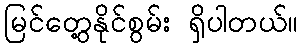
မြင်တွေ့နိုင်စွမ်း ရှိပါတယ်။